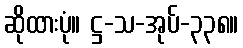
ဆိုထားပုံ။ ဋ္ဌ-သ-အုပ်-၃၃၈။